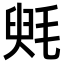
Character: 𣮵